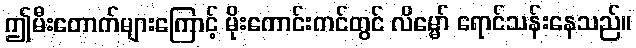
ဤမီးတောက်များကြောင့် မိုးကောင်းကင်တွင် လိမ္မော် ရောင်သန်းနေသည်။